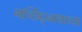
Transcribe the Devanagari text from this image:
मच्छिंद्र्नाथाच्या